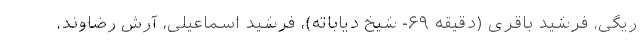
ریگی، فرشید باقری (دقیقه ۶۹- شیخ دیاباته)، فرشید اسماعیلی، آرش رضاوند،